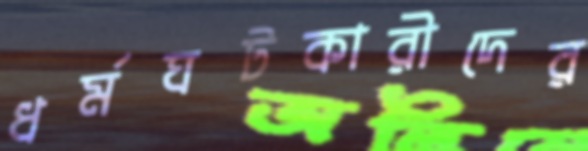
ধর্মঘটকারীদের